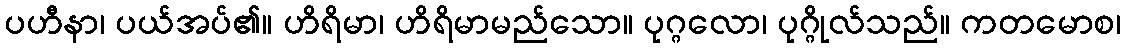
ပဟီနာ၊ ပယ်အပ်၏။ ဟိရိမာ၊ ဟိရိမာမည်သော။ ပုဂ္ဂလော၊ ပုဂ္ဂိုလ်သည်။ ကတမောစ၊